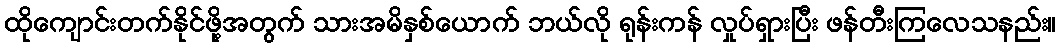
ထိုကျောင်းတက်နိုင်ဖို့အတွက် သားအမိနှစ်ယောက် ဘယ်လို ရုန်းကန် လှုပ်ရှားပြီး ဖန်တီးကြလေသနည်း။